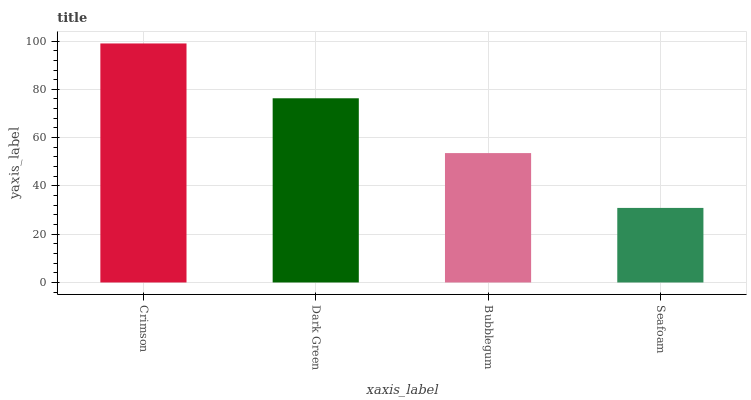
| xaxis_label | bars |
 | --- | --- |
 | Crimson | 99 |
 | Dark Green | 76.3 |
 | Bubblegum | 53.6 |
 | Seafoam | 30.9 |